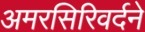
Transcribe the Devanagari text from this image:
अमरसिरिवर्दने